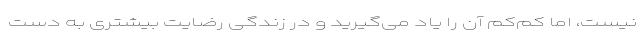
نیست، اما کم‌کم آن را یاد می‌گیرید و در زندگی رضایت بیشتری به دست